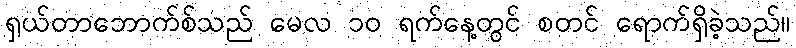
ရှယ်တာဘောက်စ်သည် မေလ ၁၀ ရက်နေ့တွင် စတင် ရောက်ရှိခဲ့သည်။